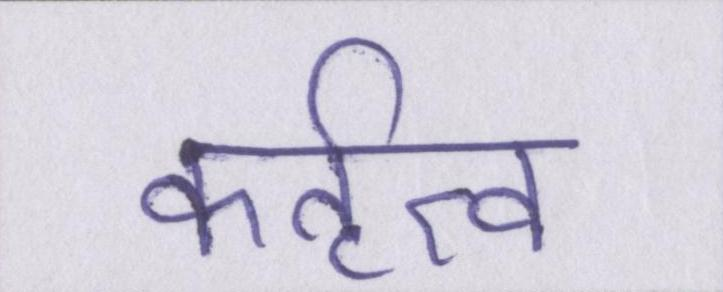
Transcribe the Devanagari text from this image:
कर्तृत्व